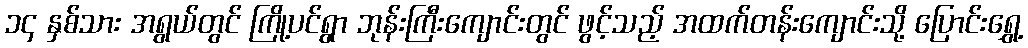
၁၄ နှစ်သား အရွယ်တွင် ကြို့ပင်ရွာ ဘုန်းကြီးကျောင်းတွင် ဖွင့်သည့် အထက်တန်းကျောင်းသို့ ပြောင်းရွှေ့